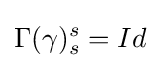
\Gamma (\gamma )_{s}^{s}=Id